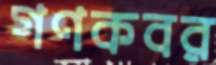
গণকবর